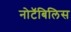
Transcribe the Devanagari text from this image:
नोटॅबिलिस